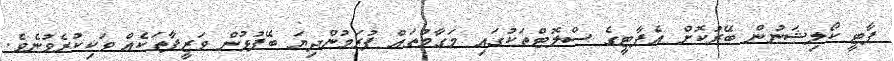
ޕާޓީ ކޯލިޝަނުން ބޭރުކޮށް އެޕާޓީގެ ސްލޮޓްތަކުގައި މަގާމުތައް ފުރަމުންދިޔަ ބޭފުޅުން ވަޒީފާތަކެއް ވަކިކުރެވުނެވެ.